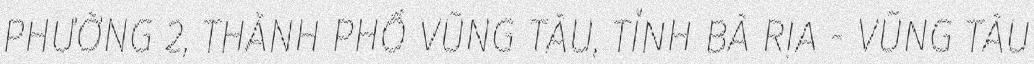
PHƯỜNG 2, THÀNH PHỐ VŨNG TÀU, TỈNH BÀ RỊA - VŨNG TÀU